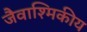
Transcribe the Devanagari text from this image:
जैवाश्मिकीय